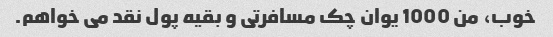
خوب، من 1000 یوان چک مسافرتی و بقیه پول نقد می خواهم.